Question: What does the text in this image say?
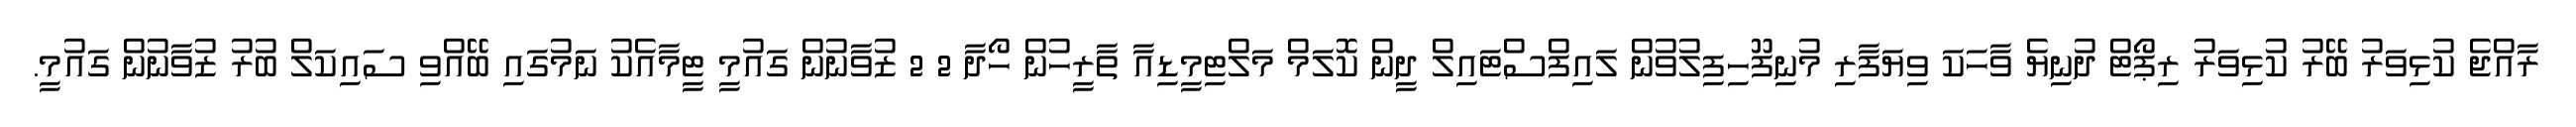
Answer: ރާއްޖެ ކުޅިވަރު ބޭރު ކުޅިވަރު ރިޕޯޓް ދުނިޔެ ވާހަކަ ވިޔަފާރި މުނިފޫހިފިލުވުން ލައިފްސްޓައިލް ދީން ކޮލަމް މަލްޓިމީޑިއާ ތާރީހުން ހޯދާ 2 2 ޒުވާނުން ގައުމީ ޓީމާއެކު ނަމުގައި ބޭއްވި ސައިކަލް ބުރު ޒުވާނުން ގައުމީ.